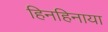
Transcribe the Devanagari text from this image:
हिनहिनाया